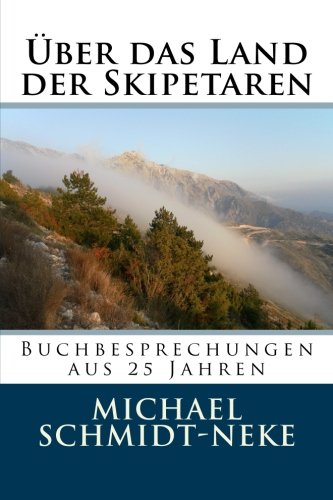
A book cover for ÃEber das Land der Skipetaren: Buchbesprechungen aus 25 Jahren (Albanian Studies) (Volume 17) (German Edition); Michael Schmidt-Neke; History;